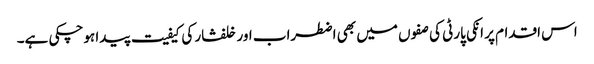
اس اقدام پر انکی پارٹی کی صفوں میں بھی اضطراب اور خلفشار کی کیفیت پیدا ہوچکی ہے۔